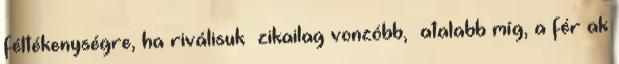
féltékenységre, ha riválisuk ﬁzikailag vonzóbb, ﬁatalabb míg, a férﬁak